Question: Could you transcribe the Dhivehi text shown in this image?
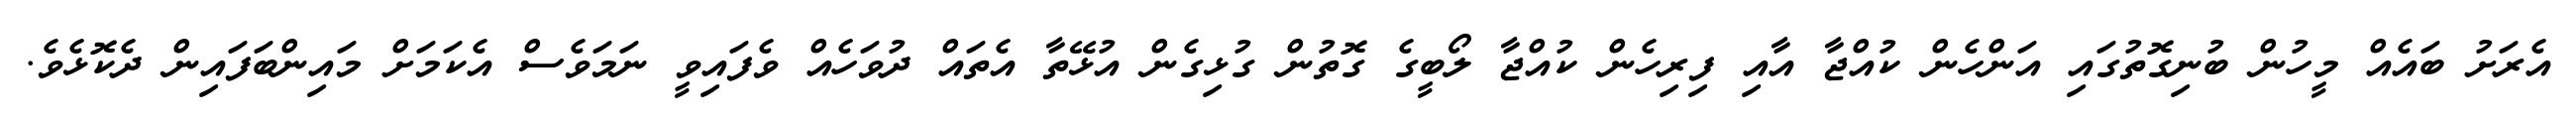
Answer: އެރަށު ބައެއް މީހުން ބުނިގޮތުގައި އަންހެން ކުއްޖާ އާއި ފިރިހެން ކުއްޖާ ލޯބީގެ ގޮތުން ގުޅިގެން އުޅޭތާ އެތައް ދުވަހެއް ވެފައިވީ ނަމަވެސް އެކަމަށް މައިންބަފައިން ދެކޮޅެވެ.